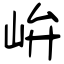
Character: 峅